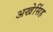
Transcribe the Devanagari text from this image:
अखेसिंह